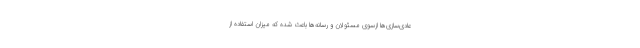
عادی‌سازی‌ها ازسوی مسئولان و رسانه‌ها باعث شده که میزان استفاده از